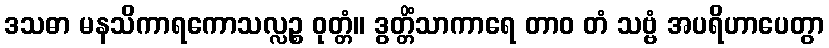
ဒသဓာ မနသိကာရကောသလ္လဉ္စ ဝုတ္တံ။ ဒွတ္တိံသာကာရေ တာဝ တံ သဗ္ဗံ အပရိဟာပေတွာ